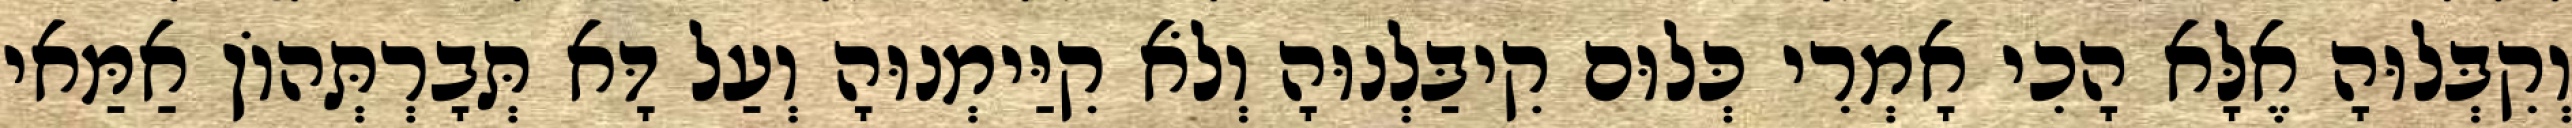
וְקִבְּלוּהָ אֶלָּא הָכִי אָמְרִי כְּלוּם קִיבַּלְנוּהָ וְלֹא קִיַּימְנוּהָ וְעַל דָּא תְּבָרְתְּהוֹן אַמַּאי